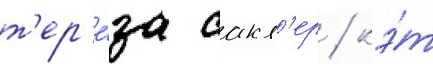
т'ер'е́за сакл'ер / кэ́т